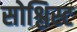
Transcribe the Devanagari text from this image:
सोश्लिस्ट